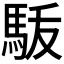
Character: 𩢚